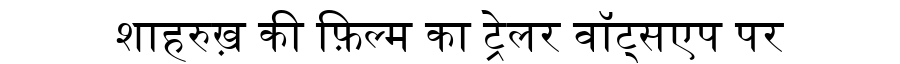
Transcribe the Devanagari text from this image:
शाहरुख़ की फ़िल्म का ट्रेलर वॉट्सएप पर